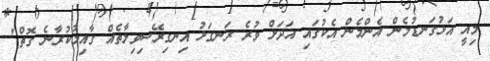
މިއީ އަޅުގަނޑުމެން އެންމެން އެކުގައި އަދަށް ވުރެ ރަނގަޅު އިނގިރޭސިވިލާތެއް ގާއިމުކުރާނެ ގޮތް"